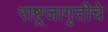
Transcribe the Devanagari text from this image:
राष्ट्रजागृतीचे